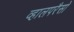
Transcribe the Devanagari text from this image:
व्हालपरैसो